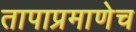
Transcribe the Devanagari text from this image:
तापाप्रमाणेच